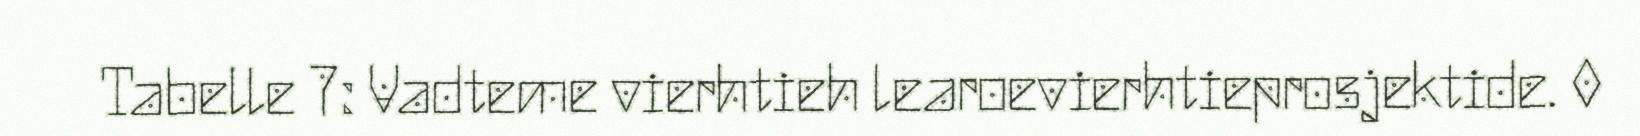
Tabelle 7: Vadteme vierhtieh learoevierhtieprosjektide. 0